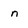
Character: n